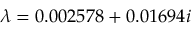
\lambda = 0 . 0 0 2 5 7 8 + 0 . 0 1 6 9 4 i